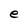
Character: e